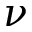
\nu